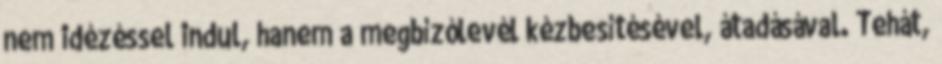
nem idézéssel indul, hanem a megbízólevél kézbesítésével, átadásával. Tehát,